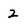
Character: 2